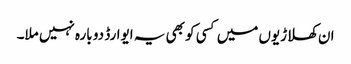
ان کھلاڑیوں میں کسی کو بھی یہ ایوارڈ دو بارہ نہیں ملا۔